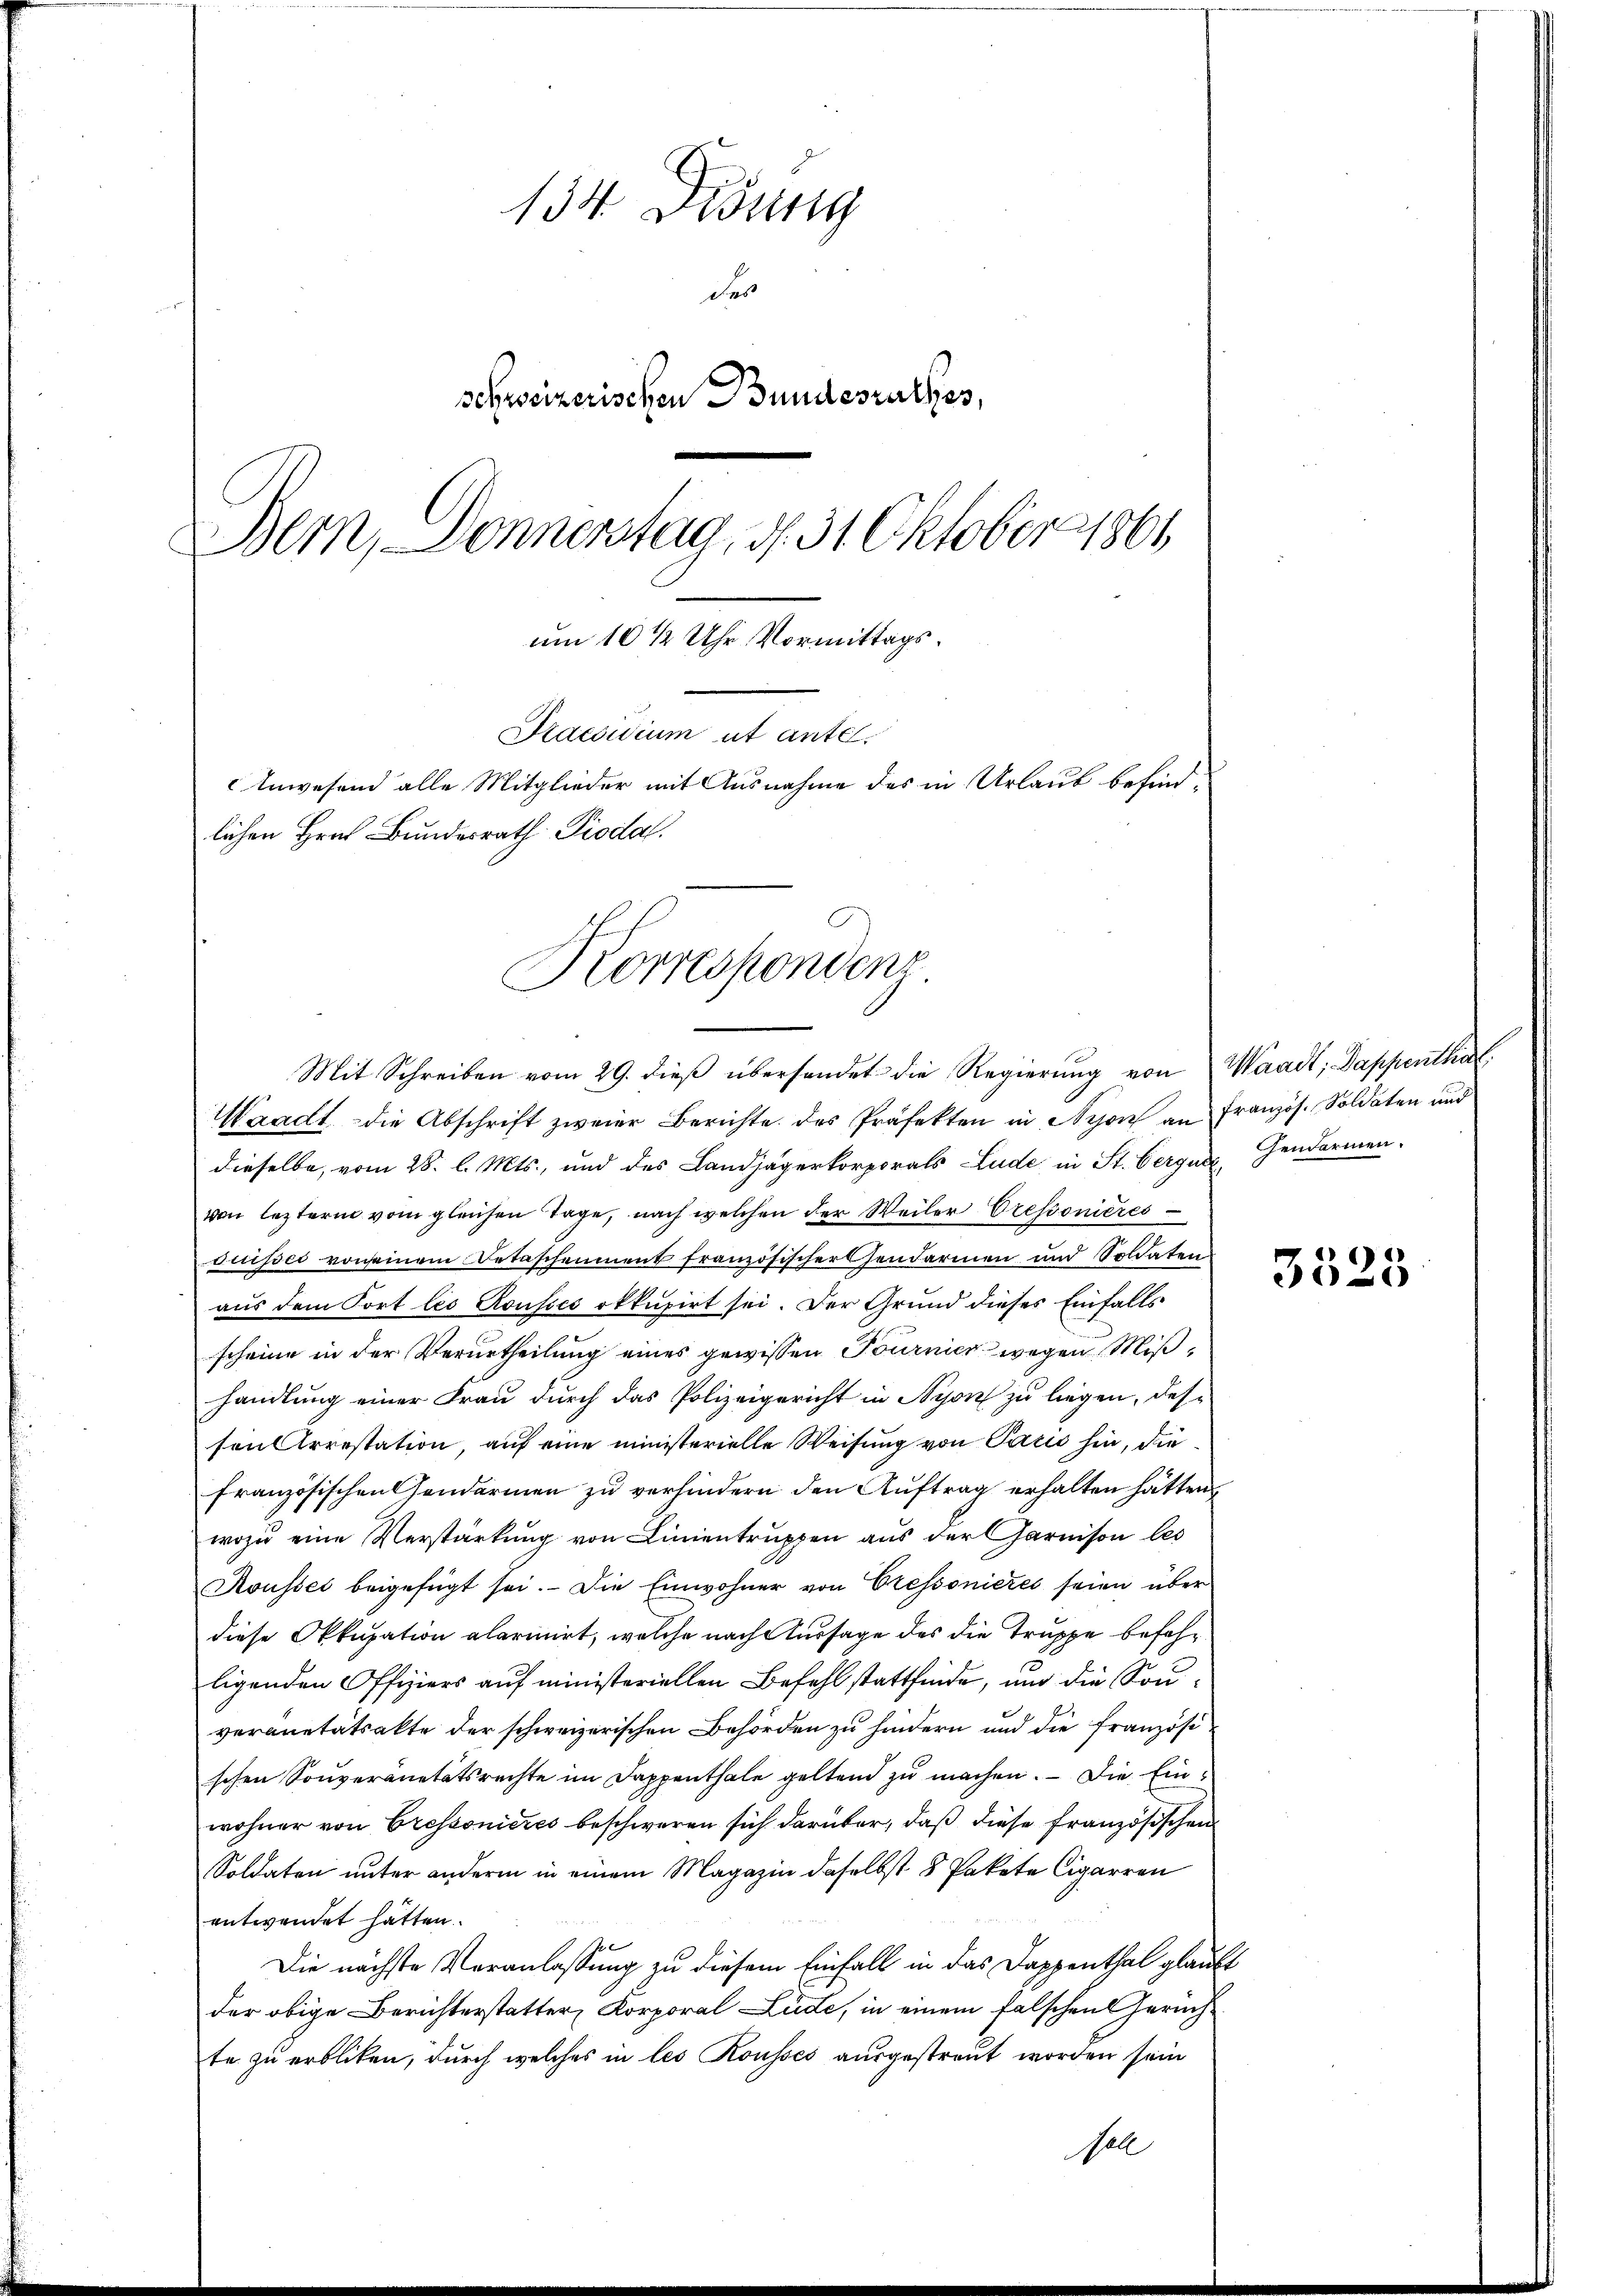
134. Disung
das
schweizerischen Bundesrathes,
Bern, Donnerstag, d. 31 Oktober 1861
um 10 1/2 Uhr Vormittags¬
Praesidium ut ante.
Anwesend alle Mitglieder mit Ausnahme des in Urlaub befindlichen Hrn. Bundesrath Piodal.
Korresponden

Mit Schreiben vom 29. dieß übersendet die Regierung von Waadt; Dappenthal
Waadt - die Abschrift zweier Berichte des Präfekten in Nyon an Französ. Soldaten und
dieselbe, vom 28. l. Mts., und des Landjägerkorporats Lude in St. Verger Gendarmen-
von lezterm vom gleichen Tage, nach welchen der Weiler Oresponieres
duisses von seinem Detaschenment französischer Gendarmen und Soldaten
aus dem Port les Rousico okkupirt sei. Der Grund dieses Einfalls
scheine in der Verurtheilung eines gewissen Tournier wegen Mißhandlung einer Frau durch das Polizeigericht in Nyon zu liegen, desison Arrestation, auf eine ministerielle Weisung von Paris hin, die
französischen Gendarmen zu verhindern den Auftrag erhalten hätten,
wozu eine Verstärkung von Linientruppen aus der Garnison les
Rousses beigefügt sei. Die Einwohner von Cressonieres seien über
diese Okkupation alariirt, welche nach Aussage des die Truppe befehligenden Offiziers auf ministeriellen Befehlstattfinde, und die Souveranetätsakte der schweizerischen Behörden zu hindern und die Französi
schen Souveränetätsrechte im Dappenthale geltend zu machen. — Die Einwohner von Cressonieres beschweren sich darüber, daß diese französischen
Soldaten unter anderm in einem Magazin daselbst 8 Pakete Cigarren
entwendet hätten.
Die nächste Veranlassung zu diesem Einfall in das Dappenthal glaubt
der obige Berichterstatter Korporal Lude, in einem falschen Gerichte zu erbliken, durch welches in les Rousses ausgestreut worden sein
Nell

3325